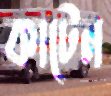
কাটেন